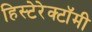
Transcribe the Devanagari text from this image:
हिस्टेरेक्टॉमी